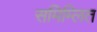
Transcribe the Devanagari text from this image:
समिम्लित